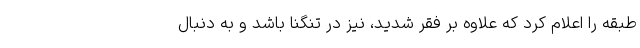
طبقه را اعلام کرد که علاوه بر فقر شدید، نیز در تنگنا باشد و به دنبال